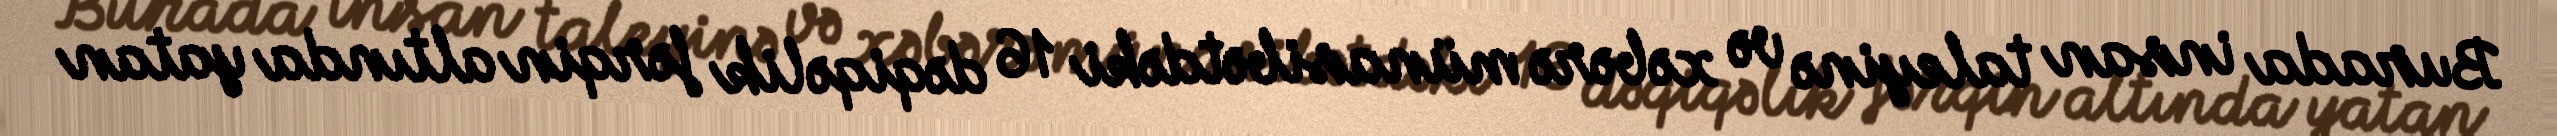
Burada insan taleyinə və xəbərə münasibətdəki 16 dəqiqəlik fərqin altında yatan